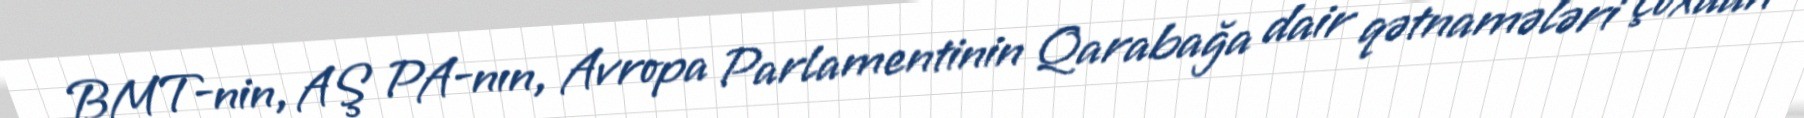
BMT-nin, AŞ PA-nın, Avropa Parlamentinin Qarabağa dair qətnamələri çoxdan